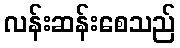
လန်းဆန်းစေသည်